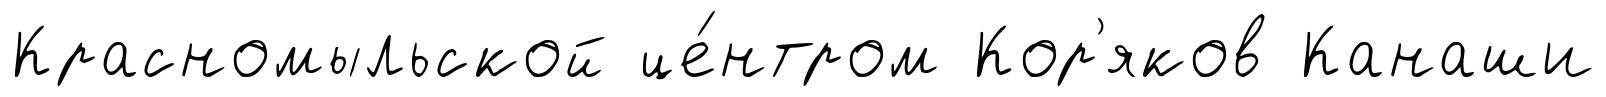
Красномыльской це́нтром Кор'яков Канаши